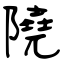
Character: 隢